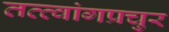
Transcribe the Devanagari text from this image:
तत्त्वांगप्रचुर